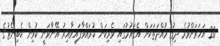
20 އަހަރަށްވުރެ ދިގު މުއްދަތަކަށް އެޤައުމުގައި ވެރިކަން ކުރައްވާފައިވާއިރު އޭނާވަނީ ކުރިން ކެބިނެޓުގެ